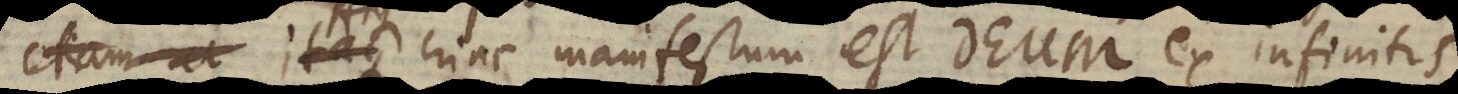
a. Atque hinc manifestum est Deum ex infinitis